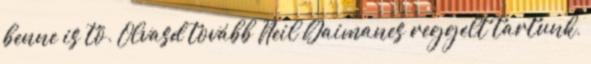
benne is tö. Olvasd tovább Neil Gaimanes reggelt tartunk,